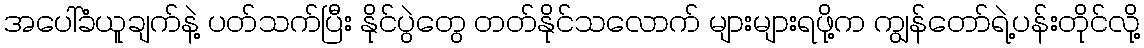
အပေါ်ခံယူချက်နဲ့ ပတ်သက်ပြီး နိုင်ပွဲတွေ တတ်နိုင်သလောက် များများရဖို့က ကျွန်တော်ရဲ့ပန်းတိုင်လို့